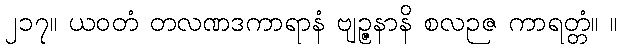
၂၁၇။ ယဝတံ တလဏဒကာရာနံ ဗျဉ္ဇနာနိ စလဉဇ ကာရတ္တံ။ ။